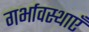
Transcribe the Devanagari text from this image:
गर्भावस्थाएँ